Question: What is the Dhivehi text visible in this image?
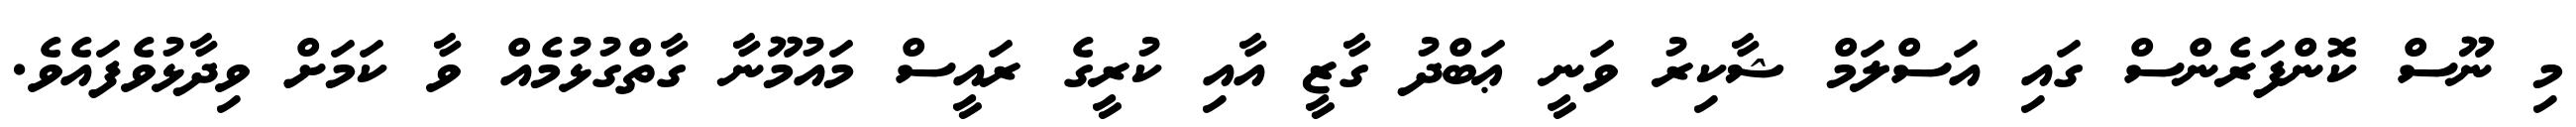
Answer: މި ނޫސް ކޮންފަރެންސް ގައި އަސްލަމް ޝާކިރު ވަނީ ޢަބްދު ގާޒީ އާއި ކުރީގެ ރައީސް މައުމޫނާ ގާތްގުޅުމެއް ވާ ކަމަށް ވިދާޅުވެފައެވެ.